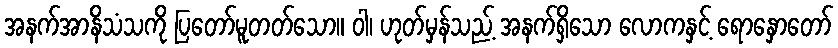
အနက်အာနိသံသကို ပြတော်မူတတ်သော။ ဝါ၊ ဟုတ်မှန်သည့် အနက်ရှိသော လောကနှင့် ရောနှောတော်